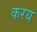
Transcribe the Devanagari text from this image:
करय